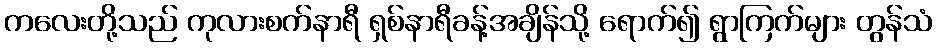
ကလေးတို့သည် ကုလားစက်နာရီ ရှစ်နာရီခန့်အချိန်သို့ ရောက်၍ ရွာကြက်များ တွန်သံ